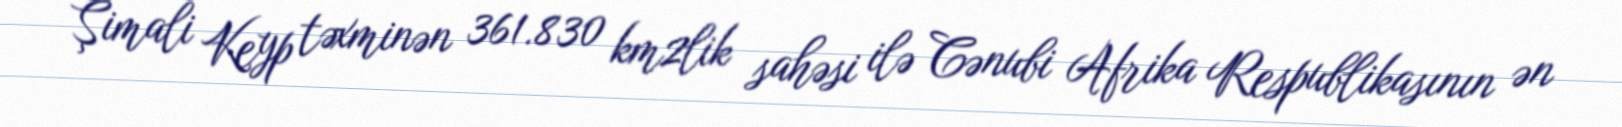
Şimali Keyp təxminən 361.830 km2lik sahəsi ilə Cənubi Afrika Respublikasının ən